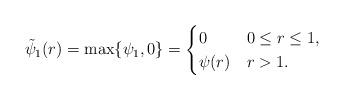
LaTeX: \begin{align*}\tilde \psi_1(r)=\max\{\psi_1,0\}=\begin{cases}0 & 0\leq r \leq 1,\\\psi(r) & r>1.\end{cases}\end{align*}